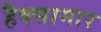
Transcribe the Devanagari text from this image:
हैक्सामार